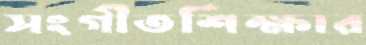
সংগীতশিক্ষার